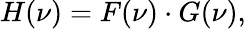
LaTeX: H(\nu)=F(\nu)\cdot G(\nu),